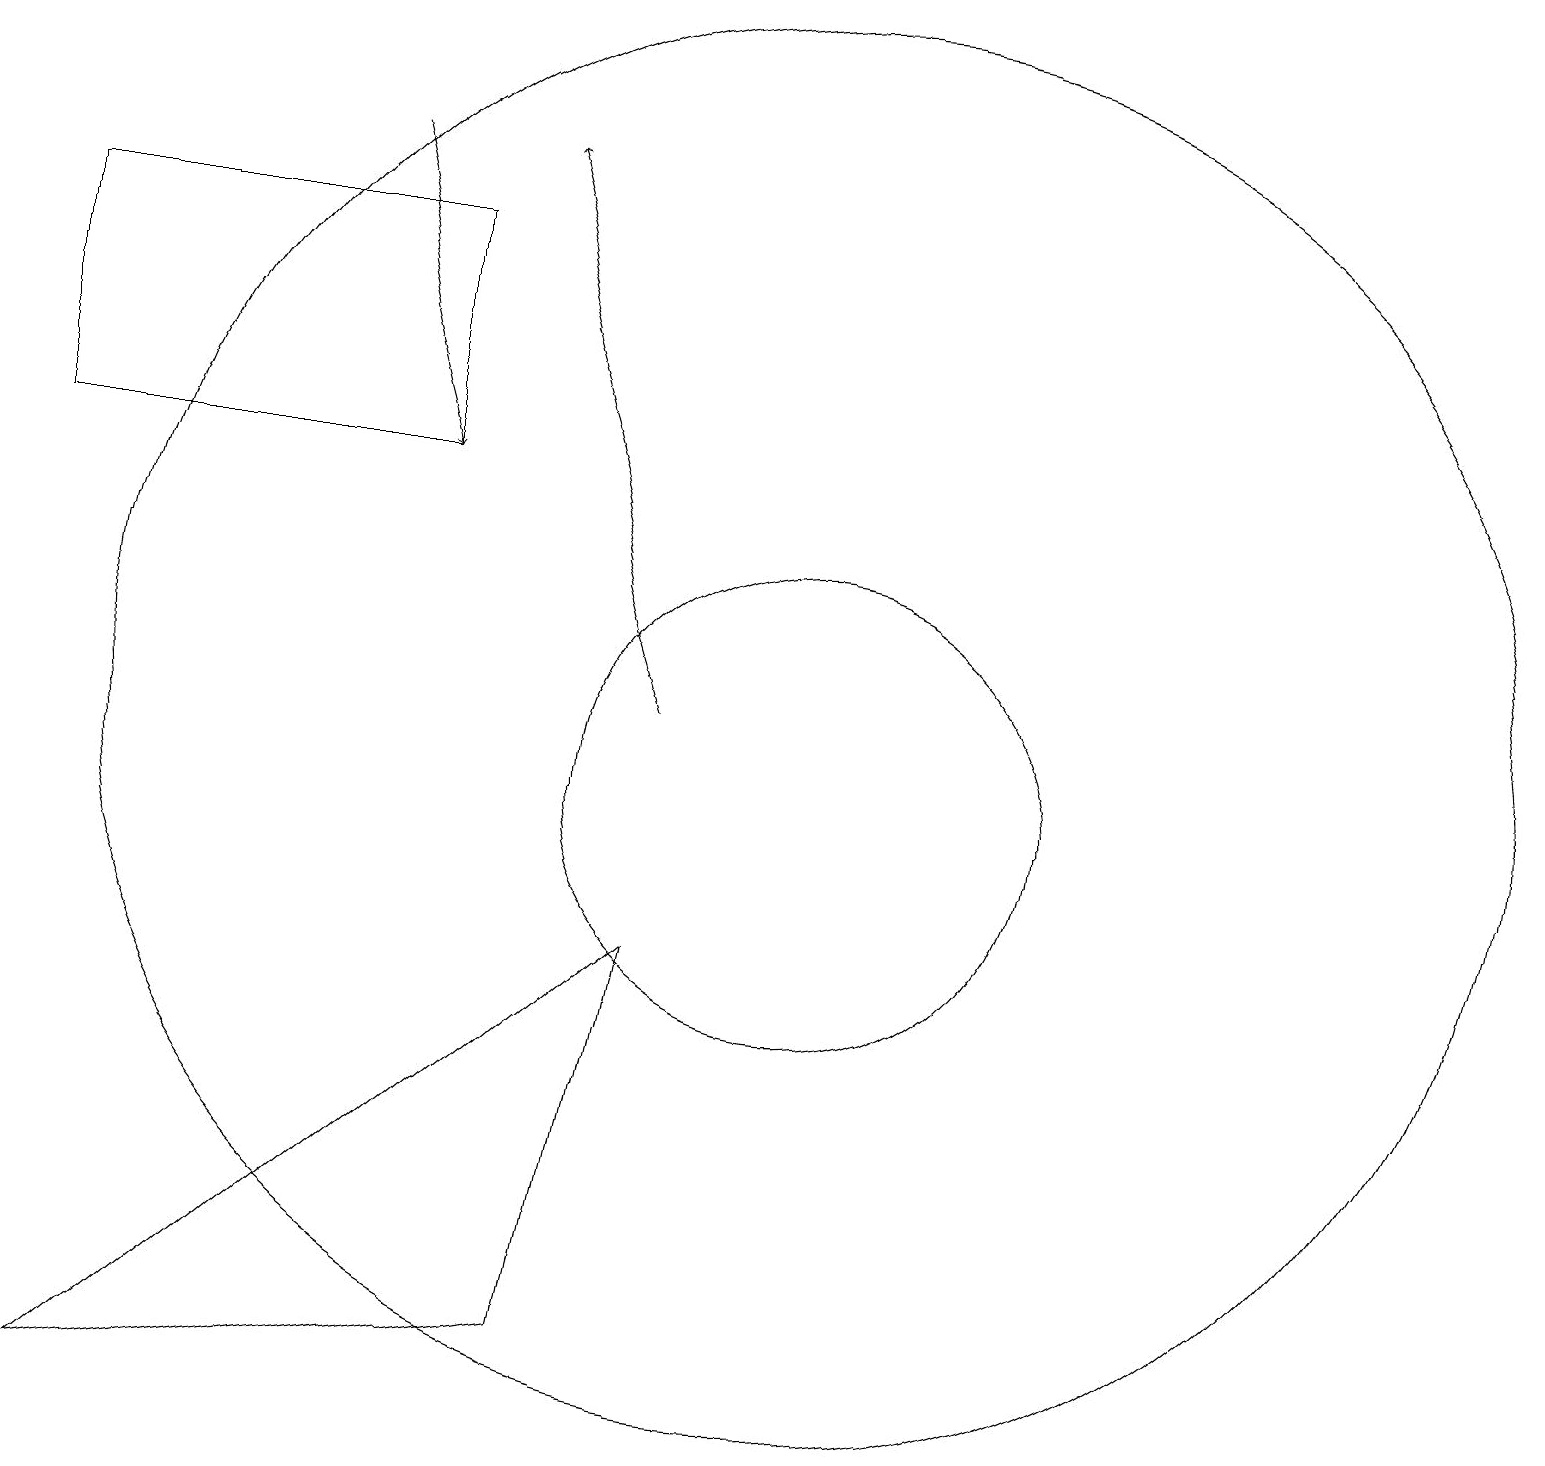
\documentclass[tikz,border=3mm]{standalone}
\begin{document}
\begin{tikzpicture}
\draw (10,11) circle (9);
\draw[->] (4,18) -- (5,14);
\draw (0,17) rectangle (5,14);
\draw (1,2) -- (7,3) -- (8,8) -- cycle;
\draw (10,10) circle (3);
\draw[->] (8,11) -- (6,18);
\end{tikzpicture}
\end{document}